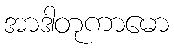
အာဒါတုကာမော